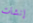
إنشات